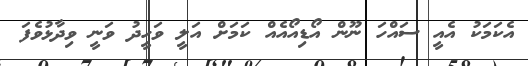
އެކަމަކު އެއީ ސައްހަ ނޫން އޯޑިއޯއެއް ކަމަށް އަލީ ވަހީދު ވަނީ ވިދާޅުވެފަ